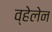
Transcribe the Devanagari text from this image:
व्हेलेन